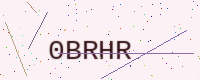
Text: 0BRHR